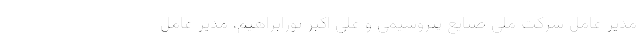
مدیر عامل شرکت ملی صنایع پتروشیمی و علی اکبر پورابراهیم، مدیر عامل